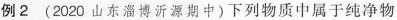
例2（2020山东淄博沂源期中）下列物质中属于纯净物